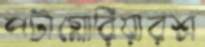
পটাগ্লোরিয়ারশ্র